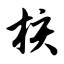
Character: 核